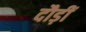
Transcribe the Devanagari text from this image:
दौड़ीं